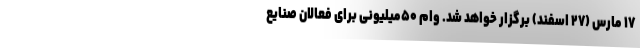
۱۷ مارس (۲۷ اسفند) برگزار خواهد شد. وام ۵۰میلیونی برای فعالان صنایع